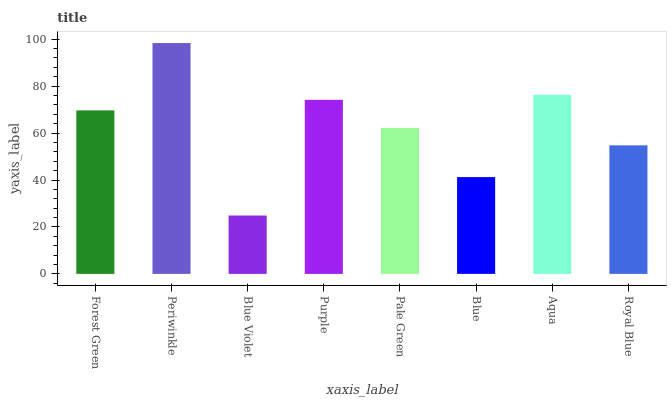
| xaxis_label | bars |
 | --- | --- |
 | Forest Green | 69.7 |
 | Periwinkle | 98.4 |
 | Blue Violet | 24.9 |
 | Purple | 74.2 |
 | Pale Green | 62.2 |
 | Blue | 41.2 |
 | Aqua | 76.3 |
 | Royal Blue | 54.8 |